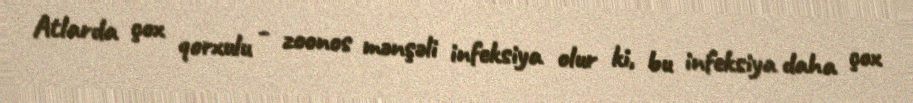
Atlarda çox qorxulu - zoonos mənşəli infeksiya olur ki, bu infeksiya daha çox